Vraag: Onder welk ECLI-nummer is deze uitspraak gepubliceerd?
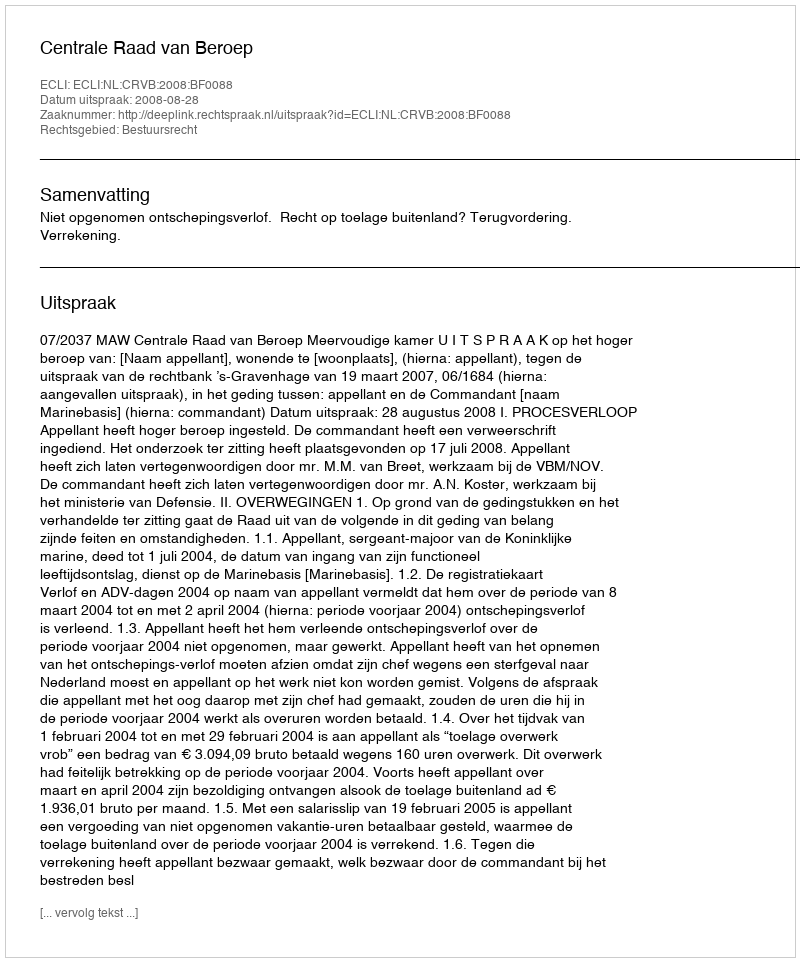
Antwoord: ECLI:NL:CRVB:2008:BF0088